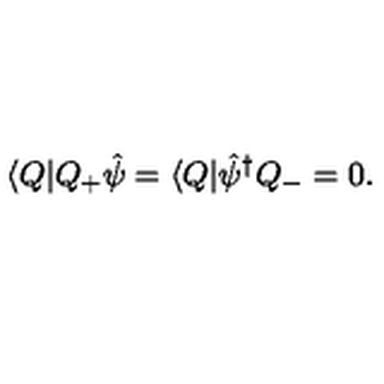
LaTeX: \langle Q | Q _ { + } \hat { \psi } = \langle Q | \hat { \psi } ^ { \dagger } Q _ { - } = 0 .